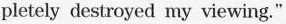
pletely destroyed my viewing."